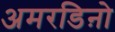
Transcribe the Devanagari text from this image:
अमरडिऩो